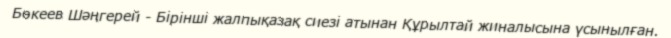
Бөкеев Шәңгерей - Бірінші жалпықазақ сиезі атынан Құрылтай жиналысына үсынылған.